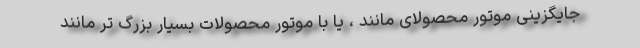
جایگزینی موتور محصولای مانند ، یا با موتور محصولات بسیار بزرگ تر مانند